Scientific memoirs by medical officers of the Army of India - Part XI,
Year: 1898
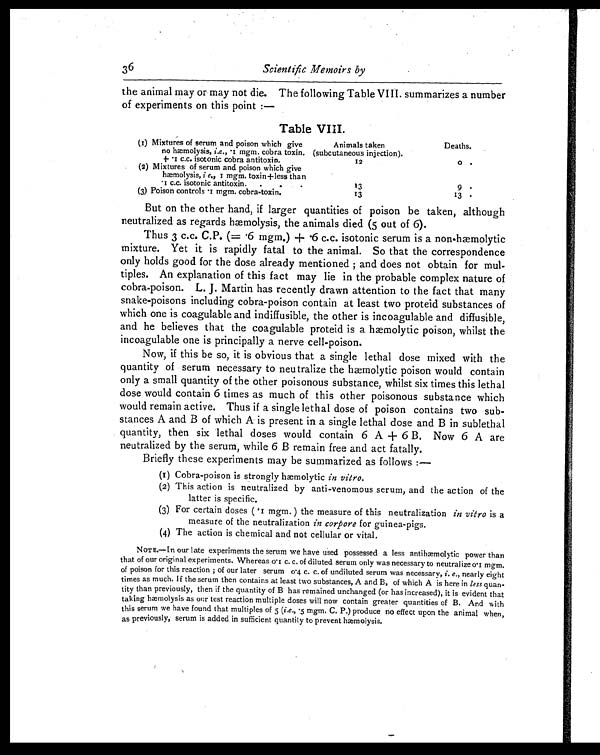
the animal may or may not die. The following Table VIII. summarizes a number
of experiments on this point :—
Table VIII.
(1) Mixtures of serum and poison which give
no hæmolysis, i.e., .1 mgm. cobra toxin.
+ .1 c.c. isotonic cobra antitoxin.
Animals taken
(subcutaneous injection).
Deaths.
12
0
(2) Mixtures of serum and poison which give
hæmolysis, i e., 1 mgm. toxin+less than
.1 c.c. isotonic antitoxin..
.
13
9
(3) Poison controls .1 mgm. cobra-toxin.
1 3
13
But on the other hand, if larger quantities of poison be taken, although
neutralized as regards hæmolysis, the animals died (5 out of 6).
Thus 3 c.c. C.P. (= .6 mgm.)+.6 c.c. isotonic serum is a non-hæmolytic
mixture. Yet it is rapidly fatal to the animal. So that the correspondence
only holds good for the dose already mentioned and does not obtain for mul-
tiples. An explanation of this fact may lie in the probable complex nature of
cobra-poison. L. J. Martin has recently drawn attention to the fact that many
snake-poisons including cobra-poison contain at least two proteid substances of
which one is coagulable and indiffusible, the other is incoagulable and diffusible,
and he believes that the coagulable proteid is a hæmolytic poison, whilst the
incoagulable one is principally a nerve cell-poison.
Now, if this be so, it is obvious that a single lethal dose mixed with the
quantity of serum necessary to neutralize the hæmolytic poison would contain
only a small quantity of the other poisonous substance, whilst six times this lethal
dose would contain 6 times as much of this other poisonous substance which
would remain active. Thus if a single lethal dose of poison contains two sub-
stances A and B of which A is present in a single lethal dose and B in sublethal
quantity, then six lethal doses would contain 6 A + 6 B. Now 6 A are
neutralized by the serum, while 6 B remain free and act fatally.
Briefly these experiments may be summarized as follows :—
(1) Cobra-poison is strongly h æmolytic in vitro.
(2.) This action is neutralized by anti-venomous serum, and the action of the
latter is specific.
(3.) For certain doses (.1 mgm.) the measure of this neutralization in vitro is a
measure of the neutralization in corpore for guinea-pigs.
(4.) The action is chemical and not cellular or vital.
NOTE.—In our late experiments the serum we have used possessed a less antih æmolytic power than
that of our original experiments. Whereas 0.1 c. c. of diluted serum only was necessary to neutralize 0.1 mgm.
of poison for this reaction ; of our later serum 0.4 c. c. of undiluted serum was necessary, i. e., nearly eight
times as much. If the serum then contains at least two substances, A and B, of which A is here in less quan-
tity than previously, then if the quantity of B has remained unchanged (or has increased), it is evident that
taking hæmolsis as our test reaction multiple doses will now contain greater quantities of B. And with
this serum we have found that multiples of 5.(i.e., .5. mgm, C. P.) produce no effect upon the animal when,
as previously, serum is added in sufficient quantity to prevent h æmolysis.